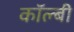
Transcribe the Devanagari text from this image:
कॉल्बी